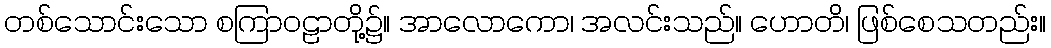
တစ်သောင်းသော စကြာဝဠာတို့၌။ အာလောကော၊ အလင်းသည်။ ဟောတိ၊ ဖြစ်စေသတည်း။